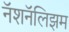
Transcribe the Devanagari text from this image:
नॅशनॅलिझम